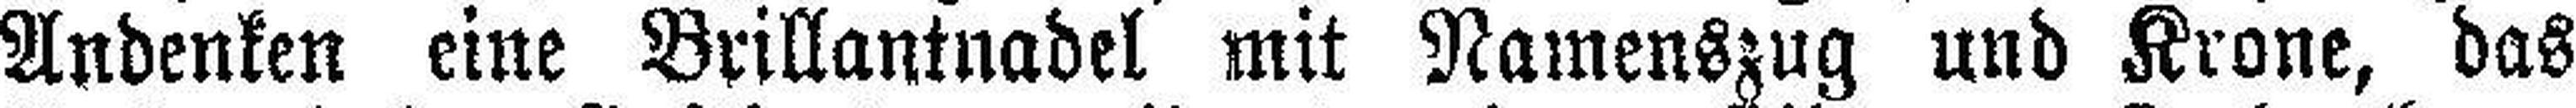
Andenken eine Brillantnadel mit Namenszug und Krone, das